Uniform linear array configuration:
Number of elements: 16
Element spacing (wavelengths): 1
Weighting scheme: hann
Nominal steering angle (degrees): -30
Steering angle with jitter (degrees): -31.315
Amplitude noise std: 0.05
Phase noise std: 0.05

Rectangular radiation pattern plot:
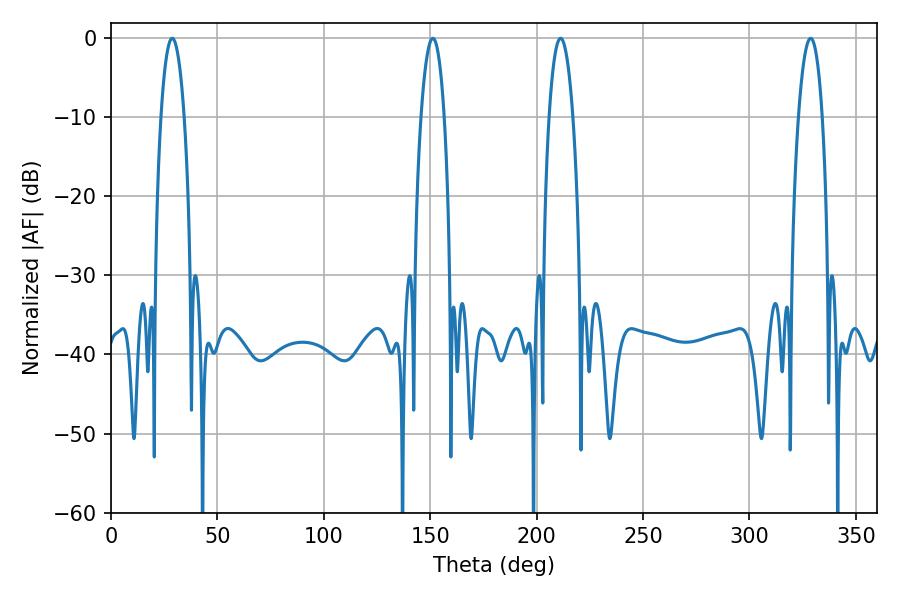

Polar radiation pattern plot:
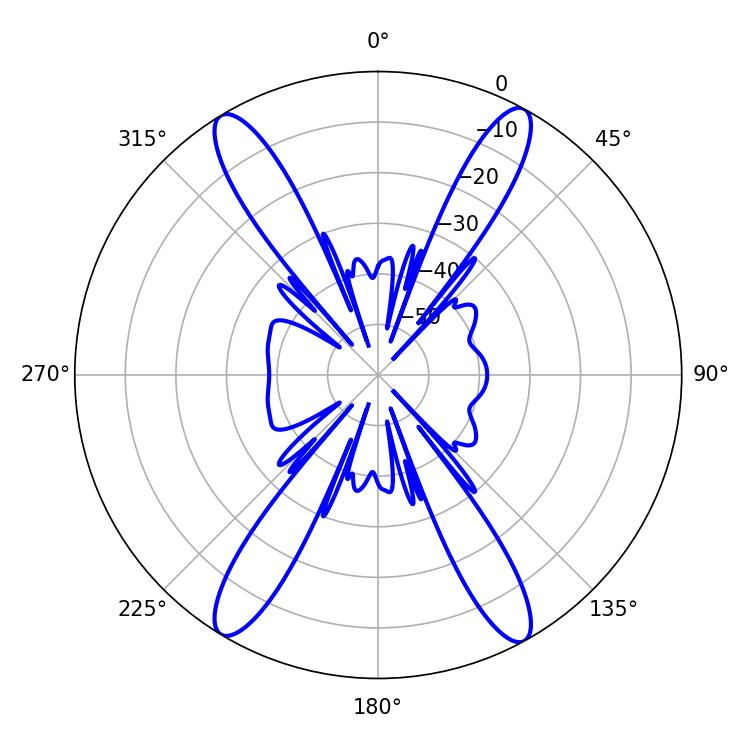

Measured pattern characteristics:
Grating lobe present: TRUE
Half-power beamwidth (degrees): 6.12
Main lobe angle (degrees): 28.8